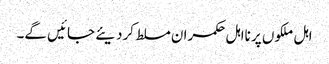
اہل ملکوں پر نااہل حکمران مسلط کردیئے جائیں گے۔